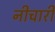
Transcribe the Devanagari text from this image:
नीचारी